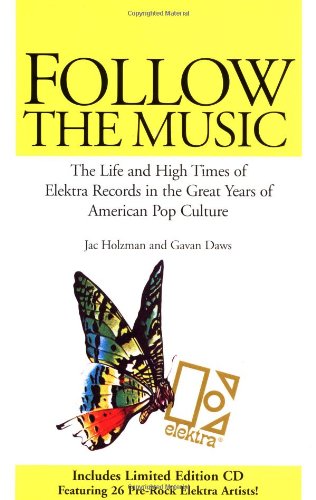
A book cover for Follow the Music: The Life and High Times of Elektra Records in the Great Years of American Pop Culture; Jac Holzman; Humor & Entertainment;